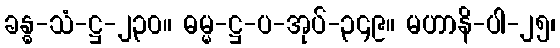
ခန္ဓ-သံ-ဋ္ဌ-၂၃၀။ ဓမ္မ-ဋ္ဌ-ပ-အုပ်-၃၄၉။ မဟာနိ-ပါ-၂၅၊